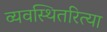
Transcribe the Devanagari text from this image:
व्यवस्थितरित्या